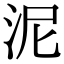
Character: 泥